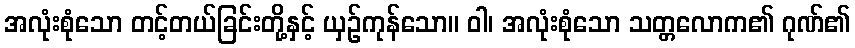
အလုံးစုံသော တင့်တယ်ခြင်းတို့နှင့် ယှဉ်ကုန်သော။ ဝါ၊ အလုံးစုံသော သတ္တလောက၏ ဂုဏ်၏